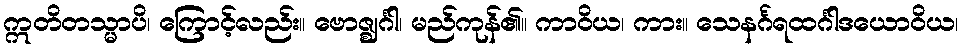
ဣတိတသ္မာပိ၊ ကြောင့်လည်း။ ဗောဇ္ဈင်္ဂါ၊ မည်ကုန်၏။ ကာဝိယ၊ ကား။ သေနင်္ဂရထင်္ဂါဒယောဝိယ၊